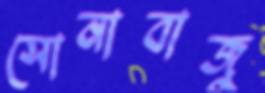
সোনাবাজু